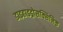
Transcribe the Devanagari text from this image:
डाइहाइड्रोसक्सिनिक